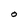
Character: O